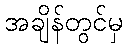
အချိန်တွင်မှ